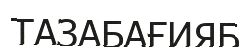
ТАЗАБАҒИЯБ